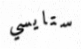
ستايسي